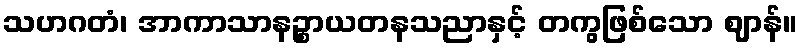
သဟဂတံ၊ အာကာသာနဉ္စာယတနသညာနှင့် တကွဖြစ်သော ဈာန်။